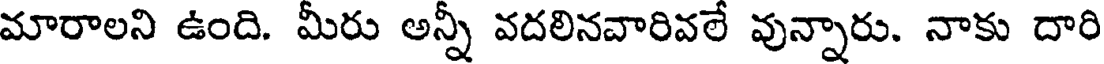
మారాలని ఉంది. మీరు అన్నీ వదలినవారివలే వున్నారు. నాకు దారి